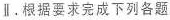
Ⅱ.根据要求完成下列各题